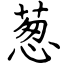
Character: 葱